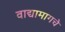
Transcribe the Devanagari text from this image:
वाद्यामागचे